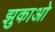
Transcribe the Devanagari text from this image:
झुकाओ